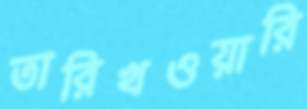
তারিখওয়ারি